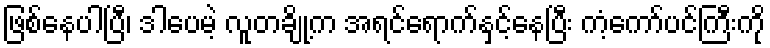
ဖြစ်နေပါပြီ၊ ဒါပေမဲ့ လူတချို့က အရင်ရောက်နှင့်နေပြီး ကံ့ကော်ပင်ကြီးကို